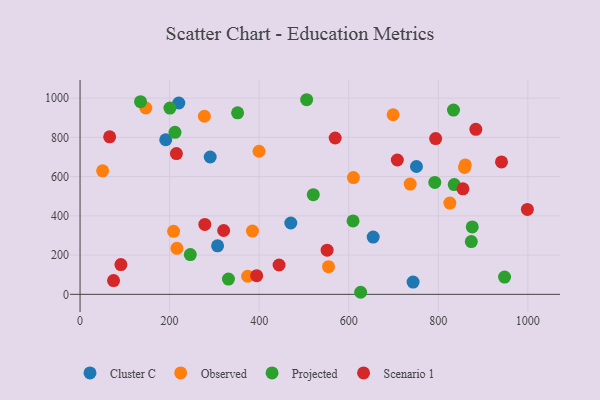
{"axis": {"x": "Experience", "y": "Rating"}, "legend": ["Cluster C", "Observed", "Projected", "Scenario 1"], "data": [{"x": "743.7", "y": 62.5, "type": "Cluster C"}, {"x": "654.6", "y": 291.7, "type": "Cluster C"}, {"x": "751.2", "y": 651.5, "type": "Cluster C"}, {"x": "290.6", "y": 700.0, "type": "Cluster C"}, {"x": "191.3", "y": 788.0, "type": "Cluster C"}, {"x": "220.5", "y": 975.3, "type": "Cluster C"}, {"x": "470.6", "y": 363.7, "type": "Cluster C"}, {"x": "307.1", "y": 247.3, "type": "Cluster C"}, {"x": "825.8", "y": 465.2, "type": "Observed"}, {"x": "50.4", "y": 629.4, "type": "Observed"}, {"x": "610.5", "y": 595.0, "type": "Observed"}, {"x": "277.6", "y": 907.6, "type": "Observed"}, {"x": "858.6", "y": 647.0, "type": "Observed"}, {"x": "399.7", "y": 729.2, "type": "Observed"}, {"x": "554.8", "y": 141.0, "type": "Observed"}, {"x": "208.9", "y": 320.9, "type": "Observed"}, {"x": "737.2", "y": 562.2, "type": "Observed"}, {"x": "385.0", "y": 322.6, "type": "Observed"}, {"x": "216.3", "y": 234.5, "type": "Observed"}, {"x": "374.2", "y": 92.1, "type": "Observed"}, {"x": "860.2", "y": 659.6, "type": "Observed"}, {"x": "699.1", "y": 915.4, "type": "Observed"}, {"x": "146.9", "y": 949.7, "type": "Observed"}, {"x": "135.1", "y": 982.2, "type": "Projected"}, {"x": "792.2", "y": 570.3, "type": "Projected"}, {"x": "351.8", "y": 925.0, "type": "Projected"}, {"x": "875.8", "y": 343.8, "type": "Projected"}, {"x": "506.0", "y": 991.9, "type": "Projected"}, {"x": "948.0", "y": 88.2, "type": "Projected"}, {"x": "520.8", "y": 508.2, "type": "Projected"}, {"x": "331.4", "y": 77.8, "type": "Projected"}, {"x": "212.0", "y": 825.6, "type": "Projected"}, {"x": "833.9", "y": 938.9, "type": "Projected"}, {"x": "873.7", "y": 268.9, "type": "Projected"}, {"x": "200.7", "y": 949.5, "type": "Projected"}, {"x": "609.6", "y": 374.0, "type": "Projected"}, {"x": "626.6", "y": 10.5, "type": "Projected"}, {"x": "246.2", "y": 202.5, "type": "Projected"}, {"x": "835.6", "y": 559.4, "type": "Projected"}, {"x": "941.1", "y": 674.9, "type": "Scenario 1"}, {"x": "794.1", "y": 794.1, "type": "Scenario 1"}, {"x": "569.7", "y": 796.7, "type": "Scenario 1"}, {"x": "74.8", "y": 70.1, "type": "Scenario 1"}, {"x": "444.4", "y": 149.6, "type": "Scenario 1"}, {"x": "998.9", "y": 432.9, "type": "Scenario 1"}, {"x": "855.0", "y": 537.7, "type": "Scenario 1"}, {"x": "91.2", "y": 151.7, "type": "Scenario 1"}, {"x": "883.8", "y": 840.9, "type": "Scenario 1"}, {"x": "394.4", "y": 95.3, "type": "Scenario 1"}, {"x": "551.7", "y": 225.3, "type": "Scenario 1"}, {"x": "66.1", "y": 802.7, "type": "Scenario 1"}, {"x": "278.6", "y": 356.3, "type": "Scenario 1"}, {"x": "708.5", "y": 684.7, "type": "Scenario 1"}, {"x": "320.7", "y": 325.3, "type": "Scenario 1"}, {"x": "215.2", "y": 717.6, "type": "Scenario 1"}]}